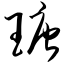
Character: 瑭